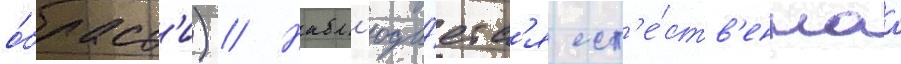
о́бласт'и) // Набл'юда́етс'я ест'е́ств'еннаа